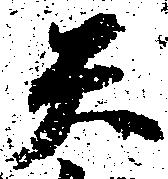
天